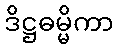
ဒိဋ္ဌဓမ္မိကာ